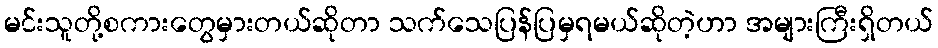
မင်းသူတို့စကားတွေမှားတယ်ဆိုတာ သက်သေပြန်ပြမှရမယ်ဆိုတဲ့ဟာ အများကြီးရှိတယ်